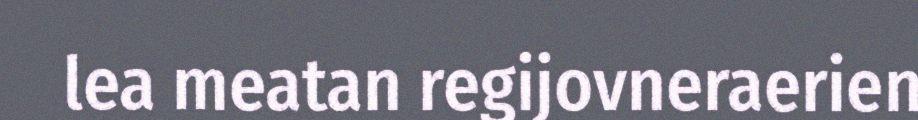
lea meatan regijovneraerien